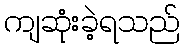
ကျဆုံးခဲ့ရသည်